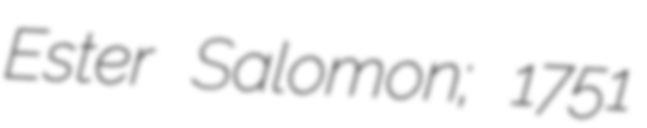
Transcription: Ester Salomon; 1751